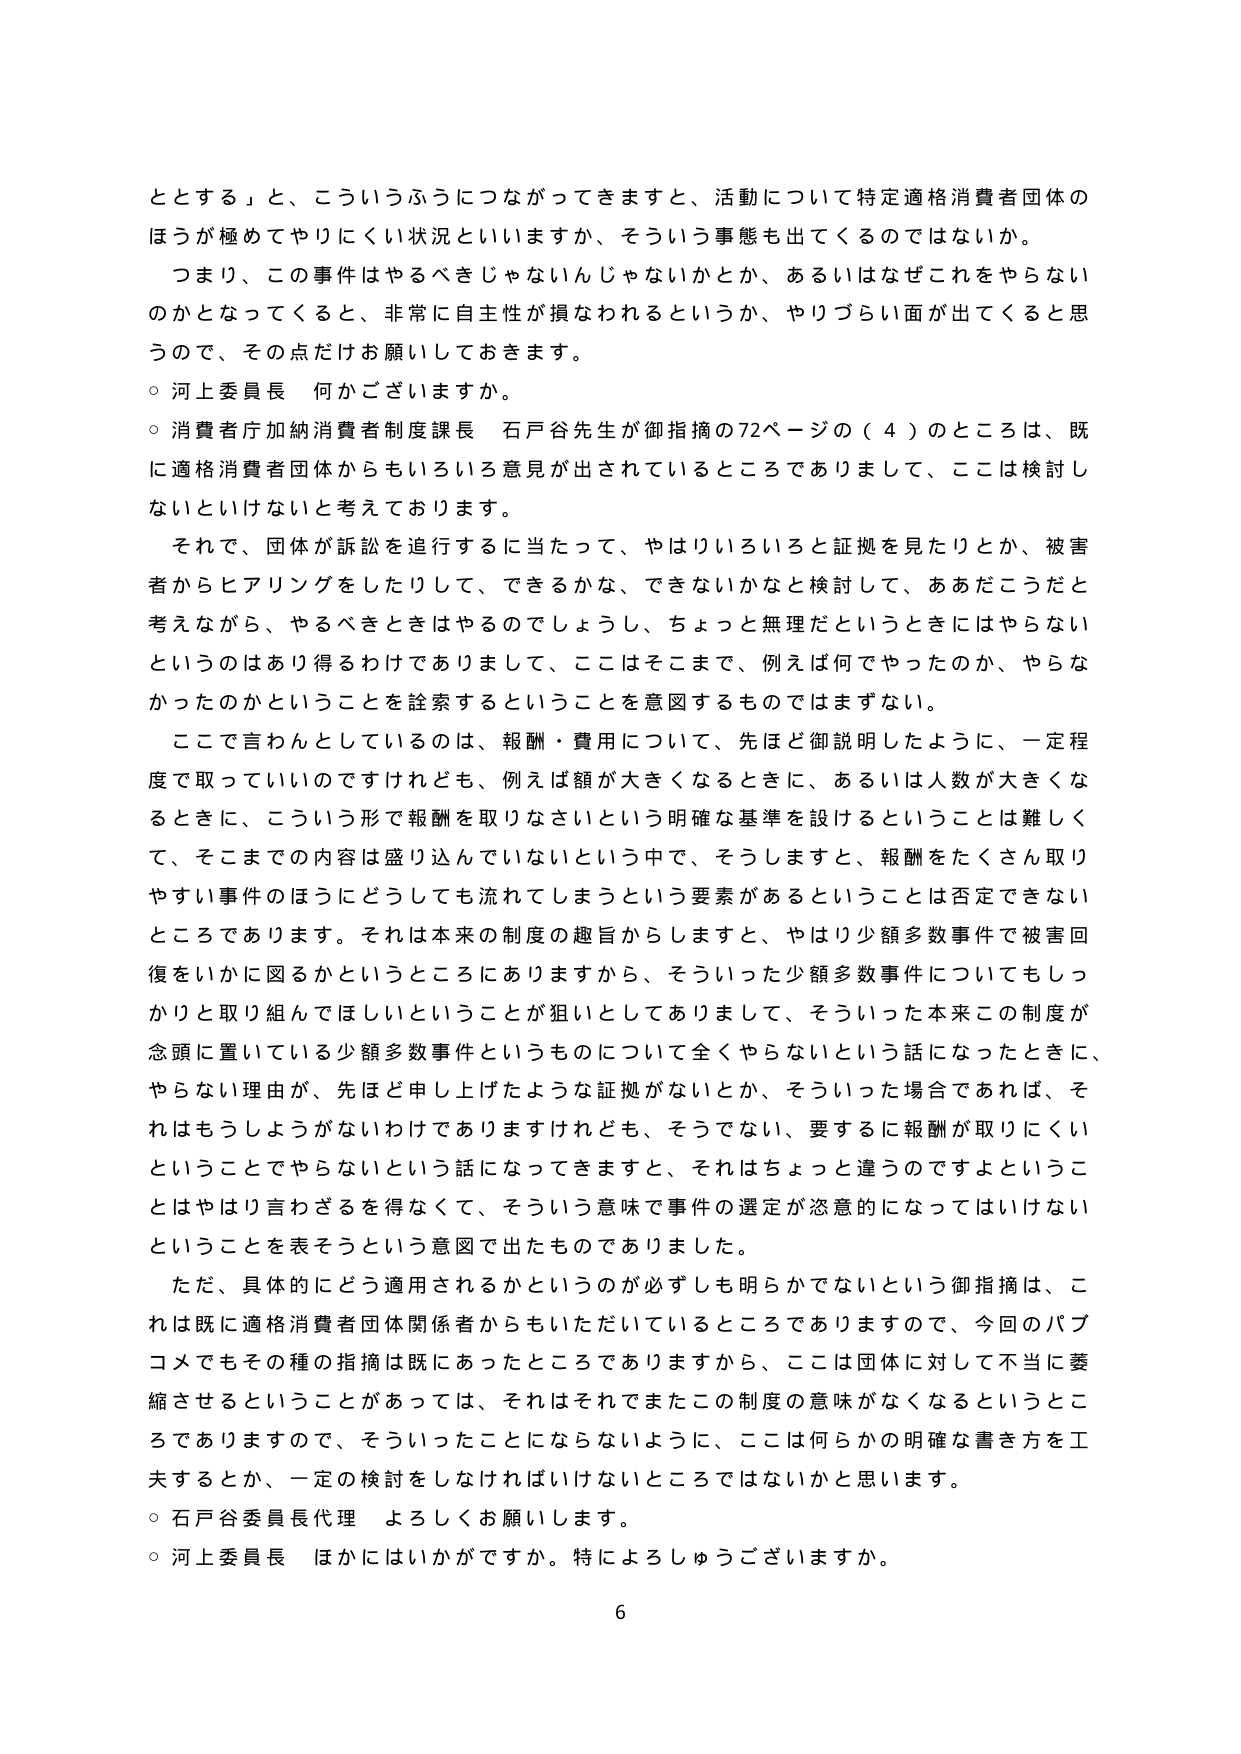
ととする」と、こういうふうにつながってきますと、活動について特定適格消費者団体のほうが極めてやりにくい状況といいますか、そういう事態も出てくるのではないか。

つまり、この事件はやるべきじゃないんじゃないかとか、あるいはなぜこれをやらないのかとなってくると、非常に自主性が損なわれるというか、やりづらい面が出てくると思うので、その点だけお願いしておきます。

○ 河上委員長 何かございますか。

○ 消費者庁加納消費者制度課長 石戸谷先生が御指摘の72ページの（4）のところは、既に適格消費者団体からもいろいろ意見が出されているところでありますして、ここは検討しないといけないと考えております。

それで、団体が訴訟を追行するに当たって、やはりいろいろと証拠を見たりとか、被害者からヒアリングをしたりして、できるかな、できないかなと検討して、ああだこうだと考えながら、やるべきときはやるのでしょうし、ちょっと無理だというときにはやらないというのはあり得るわけでありまして、ここはそこまで、例えば何でやったのか、やらなかったのかということを詮索するということを意図するものではまずない。

ここで言わんとしているのは、報酬・費用について、先ほど御説明したように、一定程度で取っていいのですけれども、例えば額が大きくなるときに、あるいは人数が大きくなるときに、こういう形で報酬を取りなさいという明確な基準を設けるということは難しくて、そこまでの内容は盛り込んでいないという中で、そうしますと、報酬をたくさん取りやすい事件のほうにどうしても流れてしまうという要素があるということは否定できないところであります。それは本来の制度の趣旨からしますと、やはり少額多数事件で被害回復をいかに図るかというところにありますから、そういった少額多数事件についてもしっかりと取り組んでほしいということが狙いとしてありまして、そういった本来この制度が念頭に置いている少額多数事件というものについて全くやらないという話になったときに、やらない理由が、先ほど申し上げたような証拠がないとか、そういった場合であれば、それはもうしょうがないわけでありますけれども、そうでない、要するに報酬が取りにくいということでやらないという話になってきますと、それはちょっと違うのですよということはやはり言わざるを得なくて、そういう意味で事件の選定が恣意的になってはいけないということを表そうという意図で出たものであります。

ただ、具体的にどう適用されるかというのが必ずしも明らかでないという御指摘は、これは既に適格消費者団体関係者からもいただいているところでありますので、今回のパブコメでもその種の指摘は既にあったところでありますから、ここは団体に対して不当に萎縮させるということがあっては、それはそれでまたこの制度の意味がなくなるということでありまして、そういったことにならないように、ここは何らかの明確な書き方を工夫するとか、一定の検討をしなければいけないところではないかと思います。

○ 石戸谷委員長代理 よろしくお願いします。

○ 河上委員長 ほかにはいかがですか。特によろしうございますか。

6